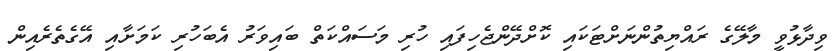
ވިދާޅުވީ މާލޭގެ ރައްޔިތުންނަށްޓަކައި ކޮށްދޭންޖެހިފައި ހުރި މަސައްކަތް ބައިވަރު އެބަހުރި ކަމަށާއި އޭގެތެރެއިން